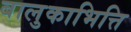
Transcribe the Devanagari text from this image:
बालुकाभित्ति